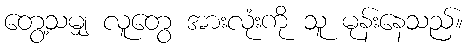
တွေ့သမျှ လူတွေ အားလုံးကို သူ မုန်းနေသည်။